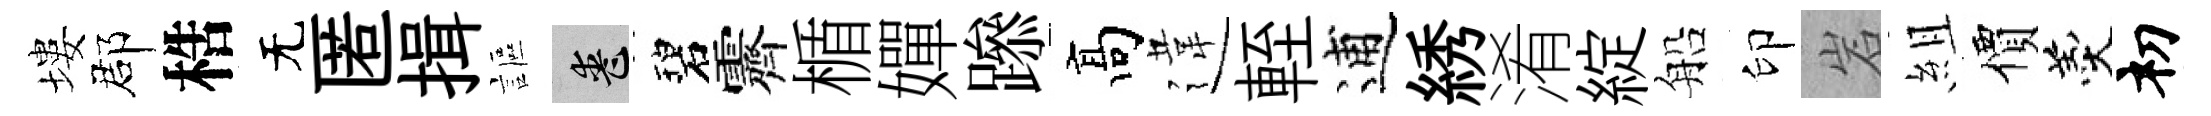
塿郡梏无匿揖謳喪碧霽楯嬋𨅶髙違輊逋綉淆綻船印岩組價羹𥘉